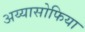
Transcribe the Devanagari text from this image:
अय्यासोफिया